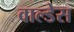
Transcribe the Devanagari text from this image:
वाल्डेस